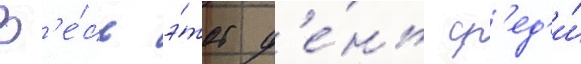
В'е́сь э́тот д'е́нь ср'ед'и́